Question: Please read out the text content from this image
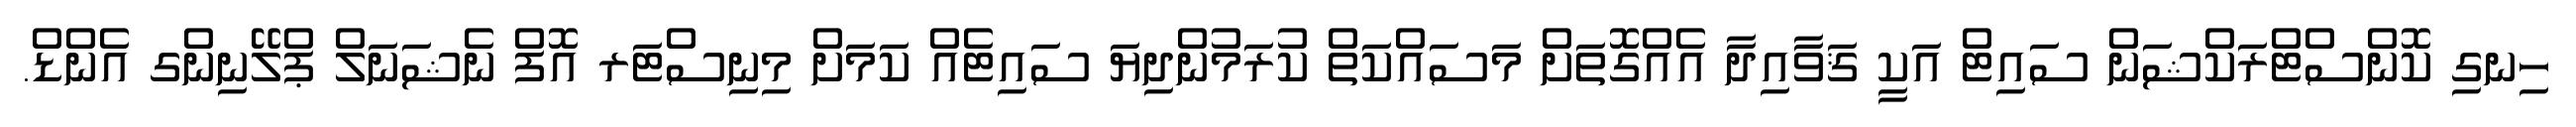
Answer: ހިނގި ކޮންސްޓްރަކްޝަން ސައިޓް އަކީ ޤަވާއިދާ އެއްގޮތަށް މަސައްކަތް ކުރަމުންދިޔަ ސައިޓެއް ކަމަށް މިނިސްޓަރ އޮފް ނެޝަނަލް ޕްލޭނިންގ އެންޑް.